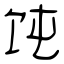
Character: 饨